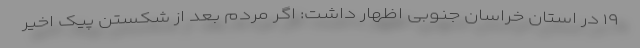
۱۹ در استان خراسان جنوبی اظهار داشت: اگر مردم بعد از شکستن پیک اخیر